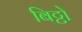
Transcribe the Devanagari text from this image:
बिट्टो